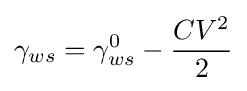
\gamma _{ws}=\gamma _{ws}^{0}-{\frac {CV^{2}}{2}}